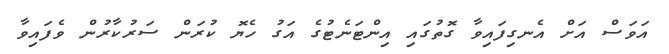
އަވަސް އަށް އެނގިފައިވާ ގޮތުގައި އިންޓަނެޓުގެ އަގު ހެޔޮ ކުރަން ސަރުކާރުން ވެފައިވާ